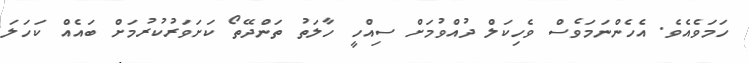
ހަމަވެއެވެ. އެހެންނަމަވެސް ވެހިކަލް ދުއްވުމަށް ސިއްހީ ހާލަތު ތަންދޭތޯ ކަށަވަރުކުރުމަށް ބައެއް ކަހަލަ